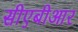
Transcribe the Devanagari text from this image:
सीएबीआर